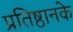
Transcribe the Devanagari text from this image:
प्रतिष्ठानके